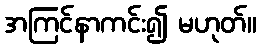
အကြင်နာကင်း၍ မဟုတ်။